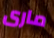
مارى